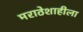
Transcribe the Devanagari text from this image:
मराठेशाहीला